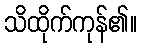
သိထိုက်ကုန်၏။